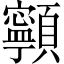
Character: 𩕳